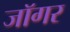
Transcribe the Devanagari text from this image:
जॉगर